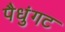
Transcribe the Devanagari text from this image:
पैधुंगट